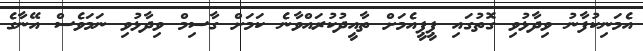
އެމަނިކުފާނު ވިދާޅުވި ގޮތުގައި ޕީޕީއެމަށް ތާއީދުކުރައްވާނެ ކަމަށް ގާސިމް ވިދާޅުވި ނަމަވެސް އޭނާގެ